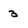
Character: 3